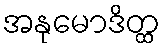
အနုမောဒိတ္ထ